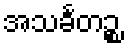
အသင်္ခတဉ္စ